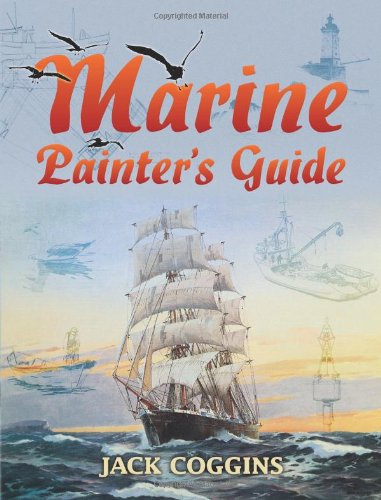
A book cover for Marine Painter's Guide (Dover Art Instruction); Jack Coggins; Arts & Photography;